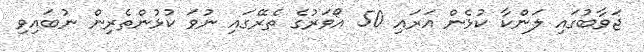
ޖަވާބުގައި ލަންކާ ކުޅެން އަރައި 50 އޯވަރުގެ ތެރޭގައި ނުވަ ކުޅުންތެރިން ނުބައިވި